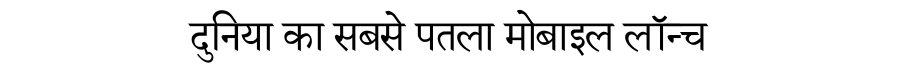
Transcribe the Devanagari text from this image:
दुनिया का सबसे पतला मोबाइल लॉन्च